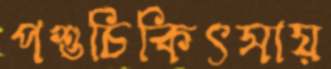
পশুচিকিৎসায়